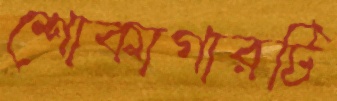
শোকাগারটি